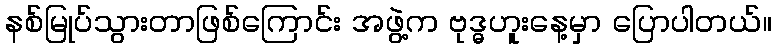
နစ်မြုပ်သွားတာဖြစ်ကြောင်း အဖွဲ့က ဗုဒ္ဓဟူးနေ့မှာ ပြောပါတယ်။